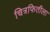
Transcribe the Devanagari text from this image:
चित्रफितीला